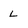
Character: L